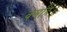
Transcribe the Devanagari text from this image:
वर्माहैं।